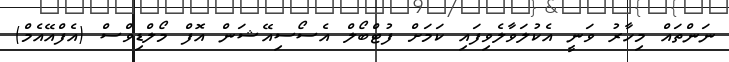
ނަންތައް މިހާރު ވަނީ އެކުލަވާލެވިފައި ކަމަށް ފުޓްބޯލް އެސޯސިއޭޝަން އޮފް މޯލްޑިވްސް (އެފްއޭއެމް)